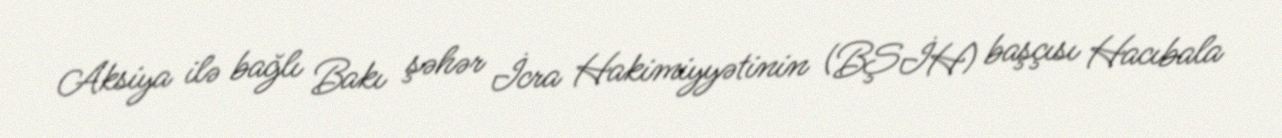
Aksiya ilə bağlı Bakı şəhər İcra Hakimiyyətinin (BŞİH) başçısı Hacıbala